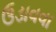
ઉડાવવા